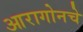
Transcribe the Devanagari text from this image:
आरागोनचे